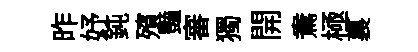
昨妤鈍殯豔審獨開鴦極裏